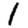
Digit: 1